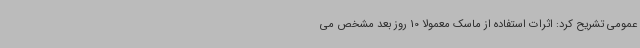
عمومی تشریح کرد: اثرات استفاده از ماسک معمولاً 10 روز بعد مشخص می